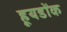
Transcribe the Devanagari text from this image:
हूयडोंक